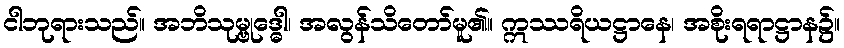
ငါဘုရားသည်။ အဘိသုမ္ဗုဒ္ဓေါ၊ အလွန်သိတော်မူ၏။ ဣဿရိယဋ္ဌာနေ၊ အစိုးရရာဋ္ဌာန၌။